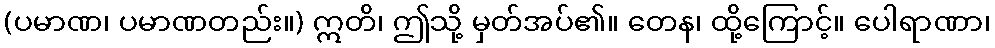
(ပမာဏ၊ ပမာဏတည်း။) ဣတိ၊ ဤသို့ မှတ်အပ်၏။ တေန၊ ထို့ကြောင့်။ ပေါရာဏာ၊